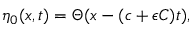
\eta _ { 0 } ( x , t ) = \Theta ( x - ( c + \epsilon C ) t ) ,